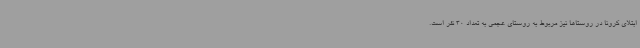
ابتلای کرونا در روستاها نیز مربوط به روستای عجمی به تعداد 30 نفر است.